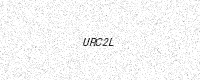
Text: URC2L